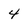
Character: 4